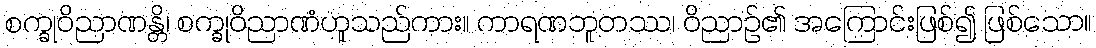
စက္ခုဝိညာဏန္တိ၊ စက္ခုဝိညာဏံဟူသည်ကား။ ကာရဏဘူတဿ၊ ဝိညာဉ်၏ အကြောင်းဖြစ်၍ ဖြစ်သော။